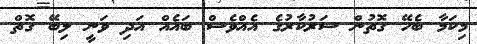
މިކަމާ ބެހޭ ގޮތުން ސަރުކާރުގެ އެއްވެސް ބައެއް އަދި ވަނީ ލިބޭ ގޮތް